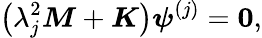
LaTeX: \left(\lambda_{j}^{2}\boldsymbol{M}+\boldsymbol{K}\right)\boldsymbol{\psi}^{(j)}=\boldsymbol{0},